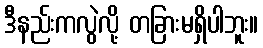
ဒီနည်းကလွဲလို့ တခြားမရှိပါဘူး။